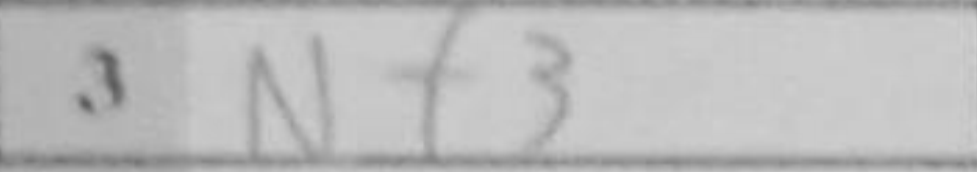
Transcription: Nf3